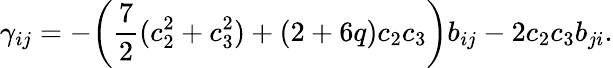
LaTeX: \gamma_{ij}=-\bigg(\frac{7}{2}(c_{2}^{2}+c_{3}^{2})+(2+6q)c_{2}c_{3}\bigg)b_{ij}-2c_{2}c_{3}b_{ji}.